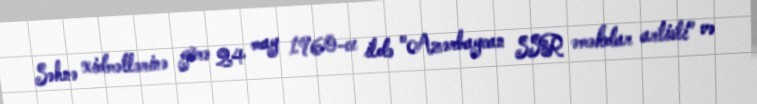
Səhnə xidmətlərinə görə 24 may 1960-cı ildə "Azərbaycan SSR əməkdar artisti" və